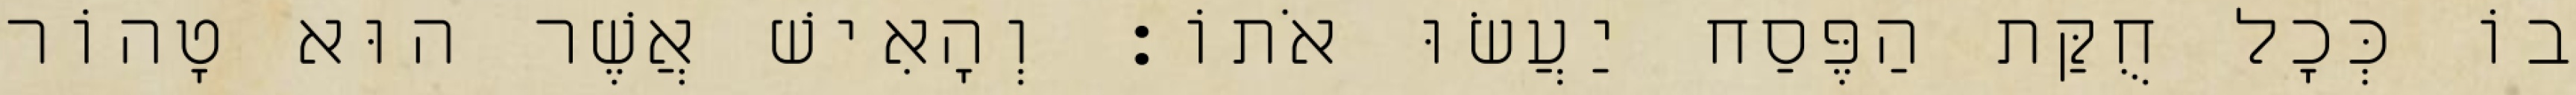
בוֹ כְּכָל חֻקַּת הַפֶּסַח יַעֲשׂוּ אֹתוֹ׃ וְהָאִישׁ אֲשֶׁר הוּא טָהוֹר